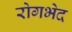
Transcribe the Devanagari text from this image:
रोगभेद